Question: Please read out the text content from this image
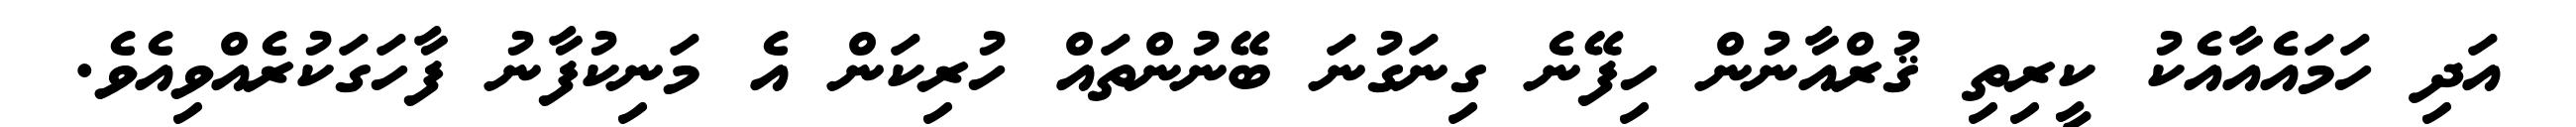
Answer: އަދި ހަމައެއާއެކު ކީރިތި ޤުރްއާނުން ހިފޭނެ ގިނަގުނަ ބޭނުންތައް ހުރިކަން އެ މަނިކުފާނު ފާހަގަކުރެއްވިއެވެ.